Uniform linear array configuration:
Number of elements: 8
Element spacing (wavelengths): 0.75
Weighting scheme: exponential
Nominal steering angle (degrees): -45
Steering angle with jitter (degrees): -43.327
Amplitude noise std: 0.05
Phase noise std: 0.05

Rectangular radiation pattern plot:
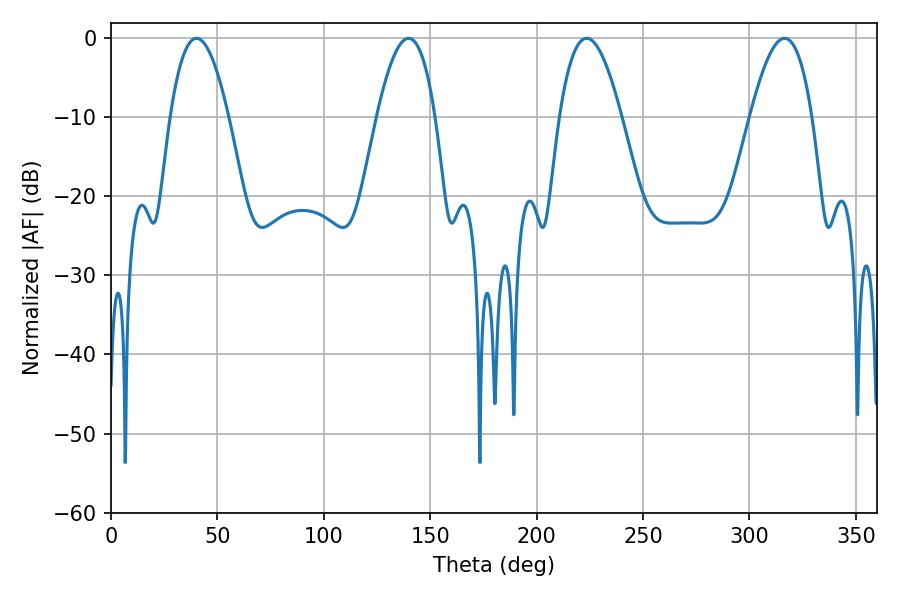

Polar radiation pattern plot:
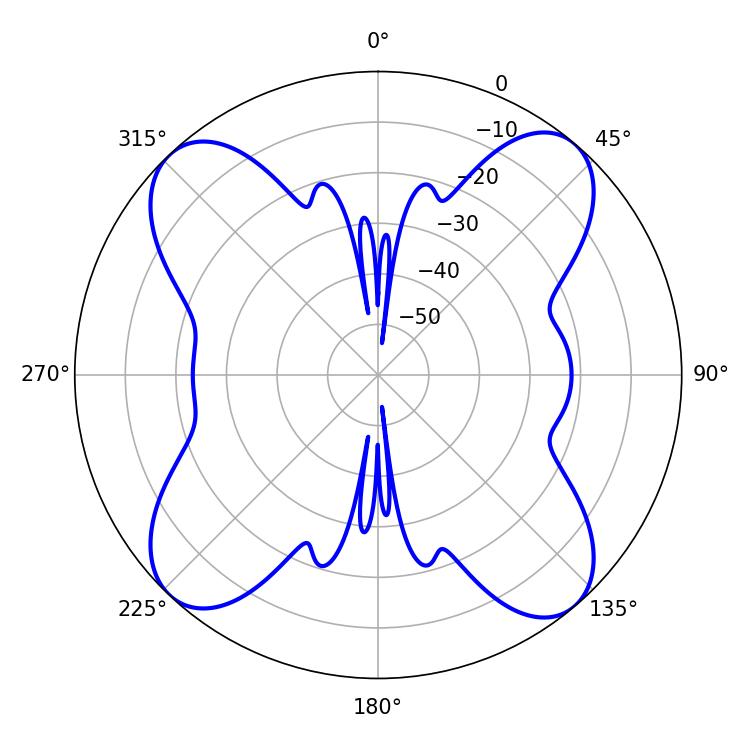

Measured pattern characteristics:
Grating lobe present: TRUE
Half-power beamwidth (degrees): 14.94
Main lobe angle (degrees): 139.86